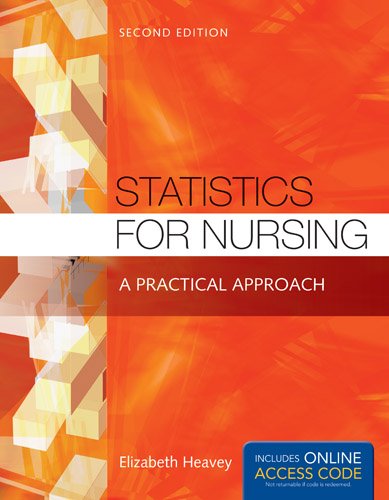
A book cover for Statistics For Nursing: A Practical Approach; Elizabeth Heavey; Medical Books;